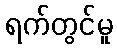
ရက်တွင်မူ